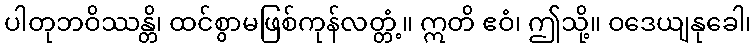
ပါတုဘဝိဿန္တိ၊ ထင်စွာမဖြစ်ကုန်လတ္တံ့။ ဣတိ ဧဝံ၊ ဤသို့။ ဝဒေယျနုခေါ၊